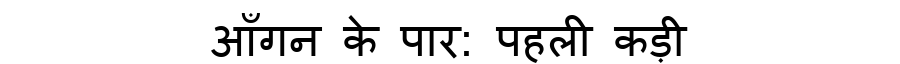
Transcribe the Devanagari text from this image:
आँगन के पार: पहली कड़ी